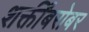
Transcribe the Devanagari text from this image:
शक्तींबरोबर